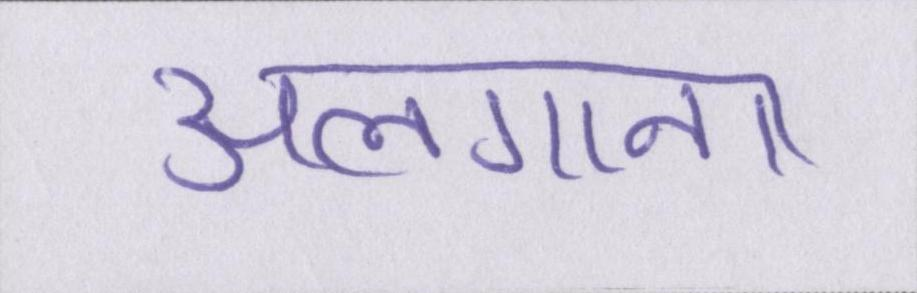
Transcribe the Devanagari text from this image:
अलगाना